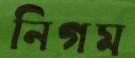
নিগম